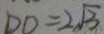
D D = 2 \sqrt { 3 }